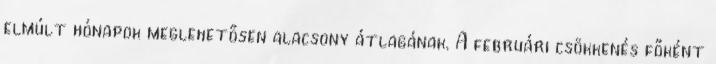
elmúlt hónapok meglehetősen alacsony átlagának. A februári csökkenés főként